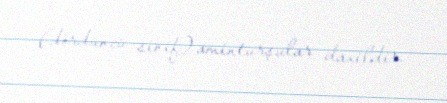
(dördüncü sinif) aminturşular daxildir.